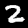
Digit: 2